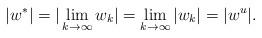
LaTeX: \begin{align*}|w^\ast|=|\lim_{k\to \infty} w_k|=\lim_{k\to \infty} |w_k|=|w^u|.\end{align*}